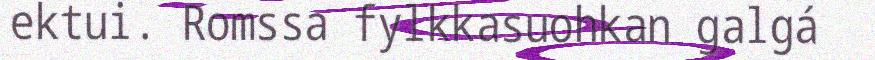
ektui. Romssa fylkkasuohkan galgá